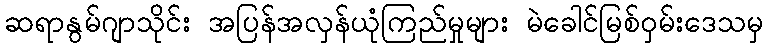
ဆရာနွမ်ဂျာသိုင်း အပြန်အလှန်ယုံကြည်မှုများ မဲခေါင်မြစ်ဝှမ်းဒေသမှ